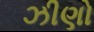
ઝીણો